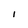
Character: 1